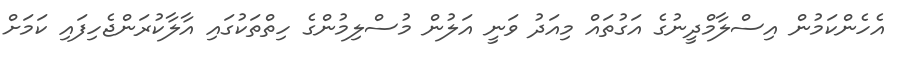
އެހެންކަމުން އިސްލާމްްދީނުގެ އަގުތައް މިއަދު ވަަނީ އަލުން މުސްލިމުންގެ ހިތްތަކުގައި އާލާކުރަންޖެހިފައި ކަމަށް